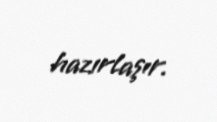
hazırlaşır.